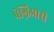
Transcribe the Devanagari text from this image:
पेग्निआरी